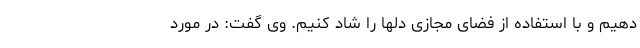
دهیم و با استفاده از فضای مجازی دلها را شاد کنیم. وی گفت: در مورد